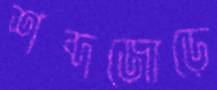
শব্দজোড়ে